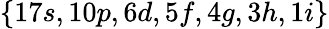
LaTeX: \{ 17s,10p,6d,5f,4g,3h,1i\}